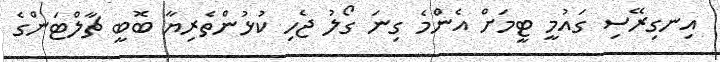
އިނގިރޭސި ގައުމީ ޓީމަށް އެންމެ ގިނަ ގޯލު ޖެހި ކުޅުންތެރިޔާ ބޮބީ ޗާލްޓަންގެ